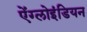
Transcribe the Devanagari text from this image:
ऐंग्लोइंडियन